Scottish Leaving Certificate Examination, 1951
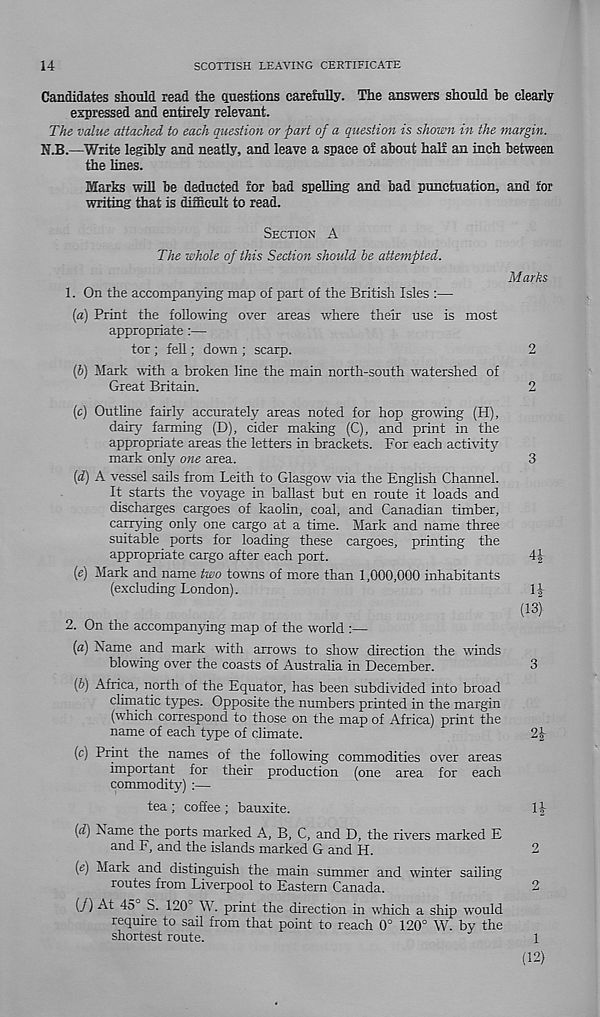
14
SCOTTISH LEAVING CERTIFICATE
Candidates should read the questions carefully. The answers should he clearly
expressed and entirely relevant.
The value attached to each question or part of a question is shown in the margin.
M.B.—Write legibly and neatly, and leave a space of about half an inch between
the lines.
Marks will be deducted for bad spelling and bad punctuation, and for
writing that is difficult to read.
SECTION A
The whole of this Section should he attempted.
Marks
1. On the accompanying map of part of the British Isles :—
(а) Print the following over areas where their use is most
appropriate:—
tor; fell; down ; scarp.
2
(б) Mark with a broken line the main north-south watershed of
Great Britain.
2
(c) Outline fairly accurately areas noted for hop growing (H),
dairy- farming (D), cider making (C), and print in the
appropriate areas the letters in brackets. For each activity
mark only one area.
3
(d) A vessel sails from Leith to Glasgow via the English Channel.
It starts the voyage in ballast but en route it loads and
discharges cargoes of kaolin, coal, and Canadian timber,
carrying only one cargo at a time. Mark and name three
suitable ports for loading these cargoes, printing the
appropriate cargo after each port.
41
(e) Mark and name two towns of more than 1,000,000 inhabitants
(excluding London).
If
(13)
2. On the accompanying map of the world :—
(a) Name and mark with arrow's to show direction the yvinds
blowing over the coasts of Australia in December.
3
(f>) Africa, north of the Equator, has been subdivided into broad
climatic types. Opposite the numbers printed in the margin
(which correspond to those on the map of Africa) print the
name of each type of climate.
2f
(c) Print the names of the following commodities over areas
important for their production (one area for each
commodity) :—
tea ; coffee ; bauxite.
If
{d) Name the ports marked A, B, C, and D, the rivers marked E
and F, and the islands marked G and H.
2
(e) Mark and distinguish the main summer and winter sailing
routes from Liverpool to Eastern Canada.
2
(/) -At 45 S. 120' W. print the direction in which a ship yvould
require to sail from that point to reach 0° 120° W. by the
shortest route.
1
(12)